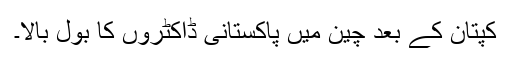
کپتان کے بعد چین میں پاکستانی ڈاکٹروں کا بول بالا۔